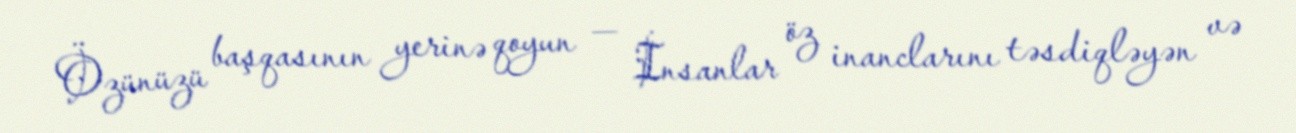
Özünüzü başqasının yerinə qoyun — İnsanlar öz inanclarını təsdiqləyən və